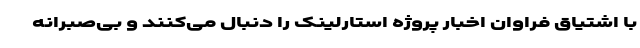
با اشتیاق فراوان اخبار پروژه‌ استارلینک را دنبال می‌کنند و بی‌صبرانه